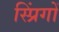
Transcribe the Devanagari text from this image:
स्प्रिंगों